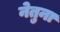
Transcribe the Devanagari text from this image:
नेतुना